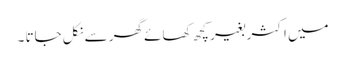
میں اکثر بغیر کچھ کھائے گھر سے نکل جاتا ۔